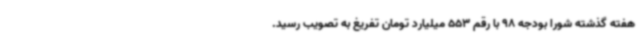
هفته گذشته شورا بودجه 98 با رقم 553 میلیارد تومان تفریغ به تصویب رسید.